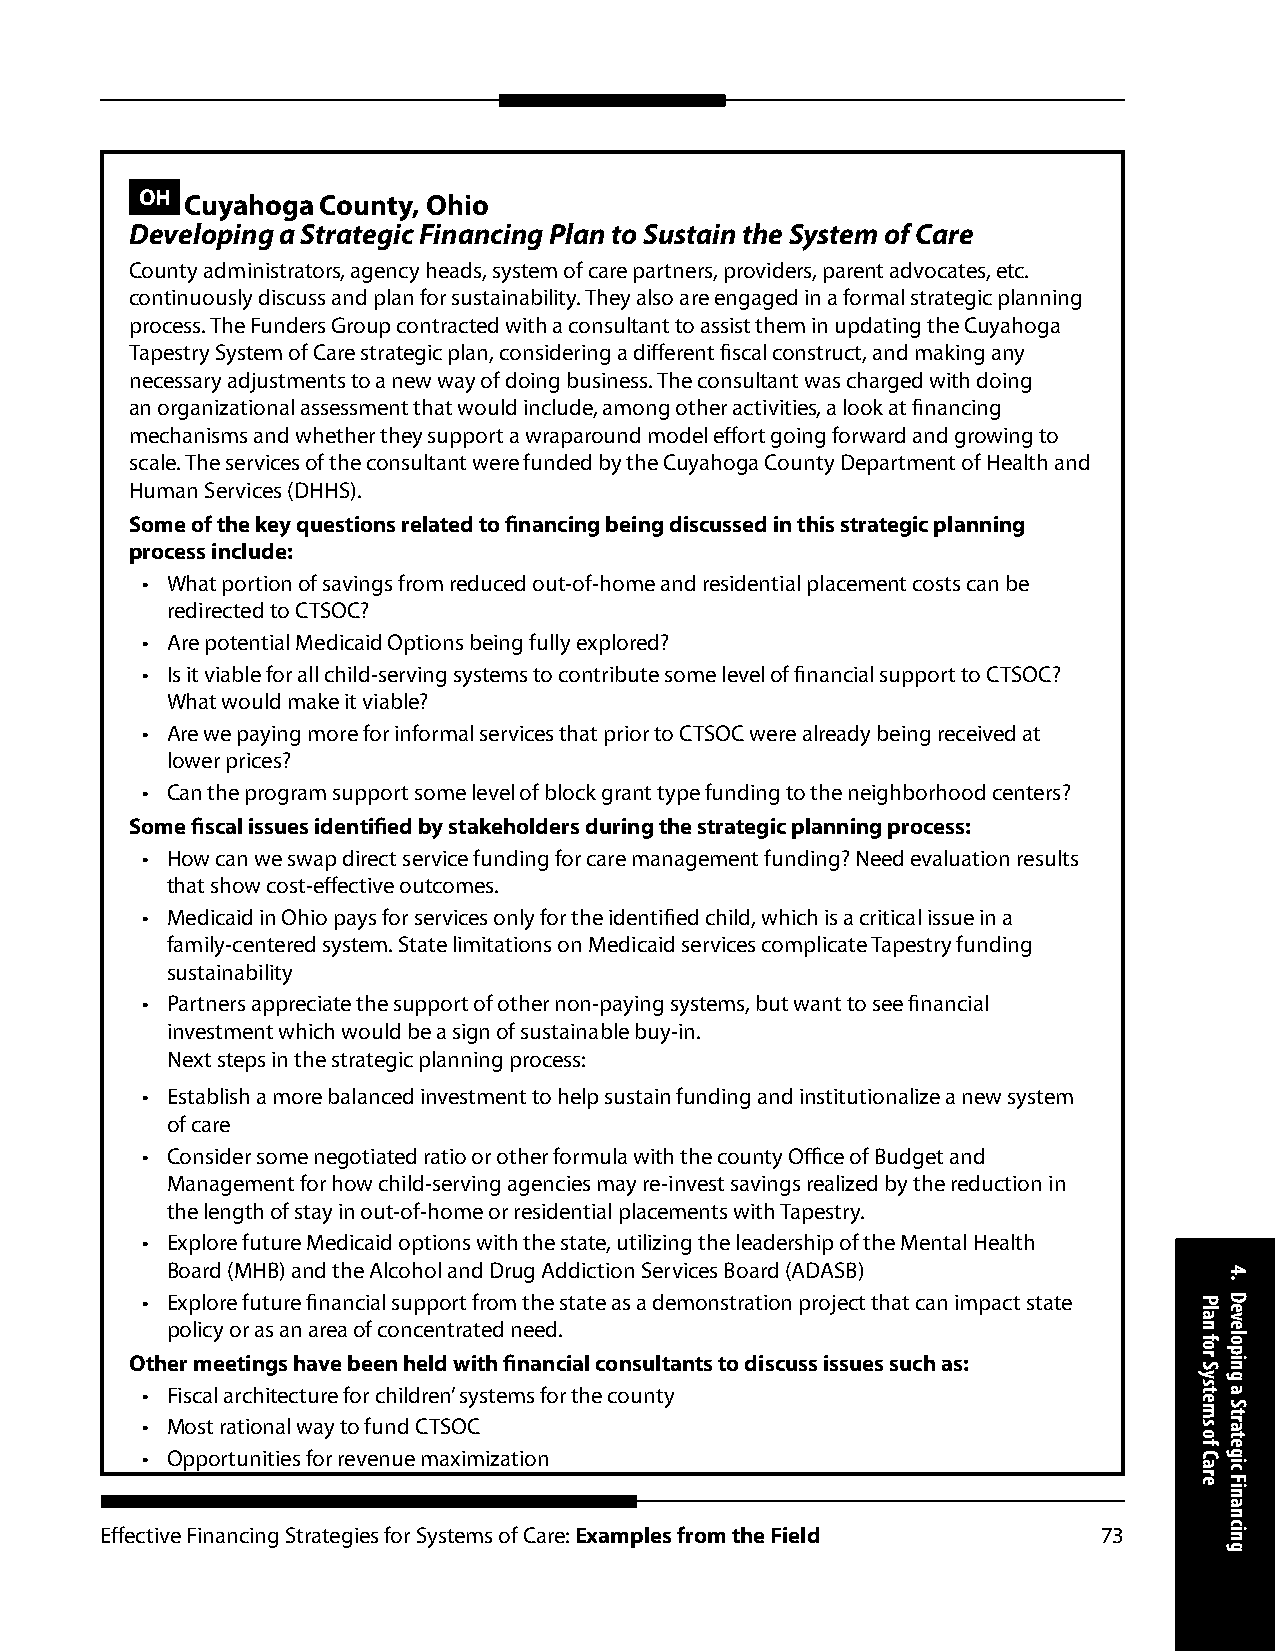
OH Cuyahoga County, Ohio
 Developing a Strategic Financing Plan to Sustain the System of Care
 County administrators, agency heads, system of care partners, providers, parent advocates, etc.
 continuously discuss and plan for sustainability. They also are engaged in a formal strategic planning
 process. The Funders Group contracted with a consultant to assist them in updating the Cuyahoga
 Tapestry System of Care strategic plan, considering a different fiscal construct, and making any
 necessary adjustments to a new way of doing business. The consultant was charged with doing
 an organizational assessment that would include, among other activities, a look at financing
 mechanisms and whether they support a wraparound model effort going forward and growing to
 scale. The services of the consultant were funded by the Cuyahoga County Department of Health and
 Human Services (DHHS).
 Some of the key questions related to financing being discussed in this strategic planning
 process include:
 • What portion of savings from reduced out-of-home and residential placement costs can be
 redirected to CTSOC?
 • Are potential Medicaid Options being fully explored?
 • Is it viable for all child-serving systems to contribute some level of financial support to CTSOC?
 What would make it viable?
 • Are we paying more for informal services that prior to CTSOC were already being received at
 lower prices?
 • Can the program support some level of block grant type funding to the neighborhood centers?
 Some fiscal issues identified by stakeholders during the strategic planning process:
 • How can we swap direct service funding for care management funding? Need evaluation results
 that show cost-effective outcomes.
 • Medicaid in Ohio pays for services only for the identified child, which is a critical issue in a
 family-centered system. State limitations on Medicaid services complicate Tapestry funding
 sustainability
 • Partners appreciate the support of other non-paying systems, but want to see financial
 investment which would be a sign of sustainable buy-in.
 Next steps in the strategic planning process:
 • Establish a more balanced investment to help sustain funding and institutionalize a new system
 of care
 • Consider some negotiated ratio or other formula with the county Office of Budget and
 Management for how child-serving agencies may re-invest savings realized by the reduction in
 the length of stay in out-of-home or residential placements with Tapestry.
 • Explore future Medicaid options with the state, utilizing the leadership of the Mental Health
 Board (MHB) and the Alcohol and Drug Addiction Services Board (ADASB)
 • Explore future financial support from the state as a demonstration project that can impact state
 policy or as an area of concentrated need.
 Other meetings have been held with financial consultants to discuss issues such as:
 • Fiscal architecture for children’ systems for the county
 • Most rational way to fund CTSOC
 • Opportunities for revenue maximization
 Effective Financing Strategies for Systems of Care: Examples from the Field 73
 Plan
 for
 Systems
 of
 Care
 4.
 Developing
 a
 Strategic
 Financing